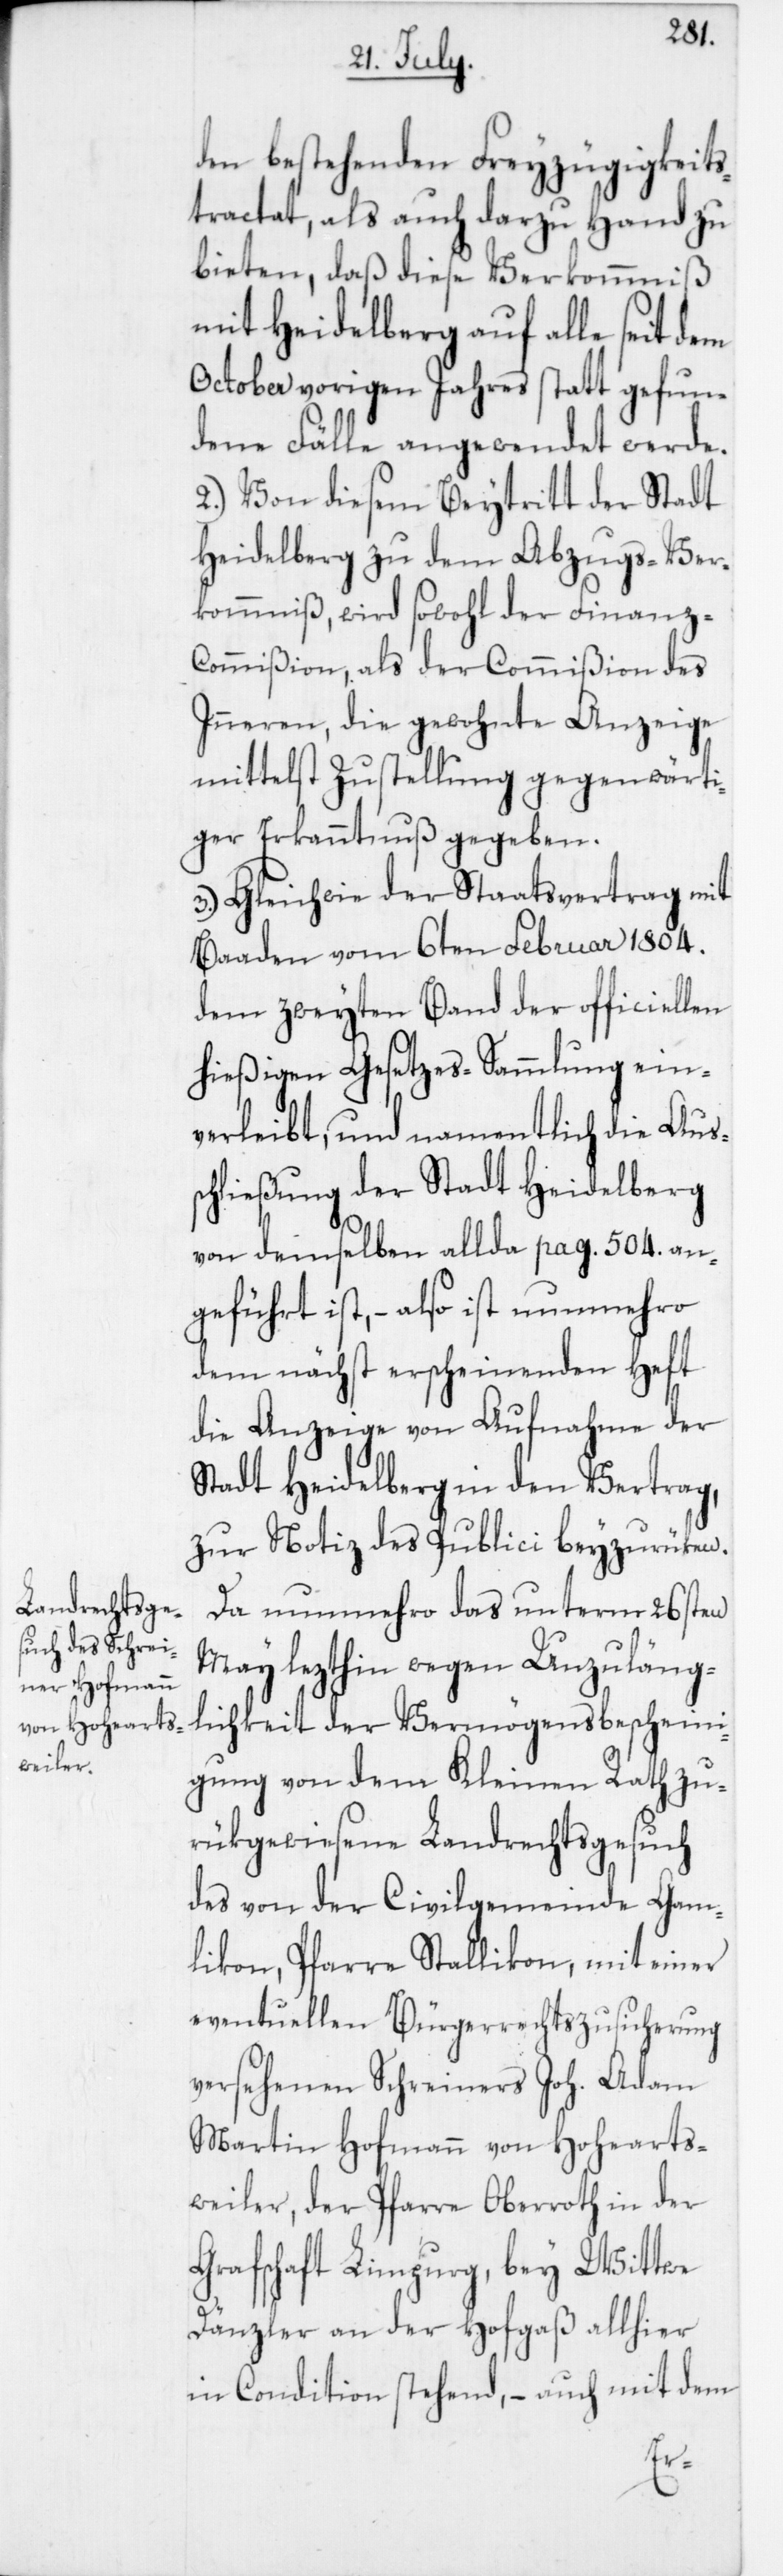
den bestehenden Freyzügigkeits¬
tractat, als auch darzu Hand zu
bieten, daß diese Verkommniß
mit Heidelberg auf alle seit dem
October vorigen Jahres statt gefun¬
denen Fälle angewendet werde.
2. Von diesem Beytritt der Stadt
Heidelberg zu dem Abzugs-Ver¬
kommniß, wird sowohl der Finanz-C¬
ommißion als der Commißion des
Inneren, die gewohnte Anzeige
mittelst Zustellung gegenwärti¬
ger Erkanntnuß gegeben.
3. Gleich wie der Staatsvertrag mit
Baaden vom 6ten Februar 1804.
dem zweyten Band der officiellen
hießigen Gesetzes-Sammlung ein¬
verleibt, und namentlich die Aus¬
schließung der Stadt Heidelberg
von demselben allda pag. 504. an¬
geführt ist, – also ist nunmehro
dem nächst erscheinenden Heft
die Anzeige von Aufnahme der
Stadt Heidelberg in den Vertrag,
zur Notiz des Publici beyzurüken.
Da nunmehro das unterm 26sten
May lezthin wegen Unzuläng¬
lichkeit der Vermögensbescheini¬
gung von dem Kleinen Rath zu¬
rükgewiesene Landrechtsgesuch
des von der Civilgemeinde Gam¬
likon, Pfarre Stallikon, mit einer
eventuellen Bürgerrechtszusicherung
versehenen Schreiners Joh. Adam
Martin Hofmann von Hohearts¬
weiler, der Pfarre Oberroth in der
Grafschaft Limpurg, bey Wittwe
Dänzler an der Hofgaß allhier
in Condition stehend, – auch mit dem